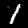
Digit: 1